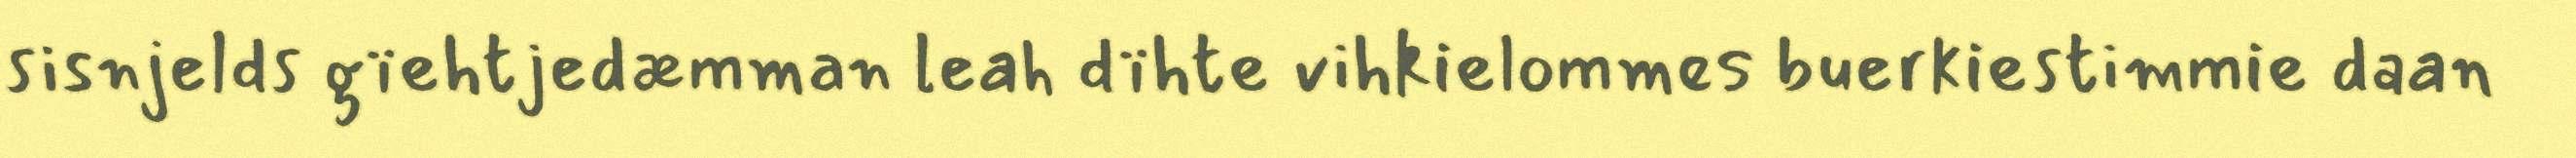
sisnjelds gïehtjedæmman leah dïhte vihkielommes buerkiestimmie daan